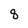
Character: 8